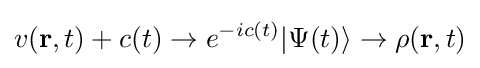
v(\mathbf {r} ,t)+c(t)\rightarrow e^{-ic(t)}|\Psi (t)\rangle \rightarrow \rho (\mathbf {r} ,t)